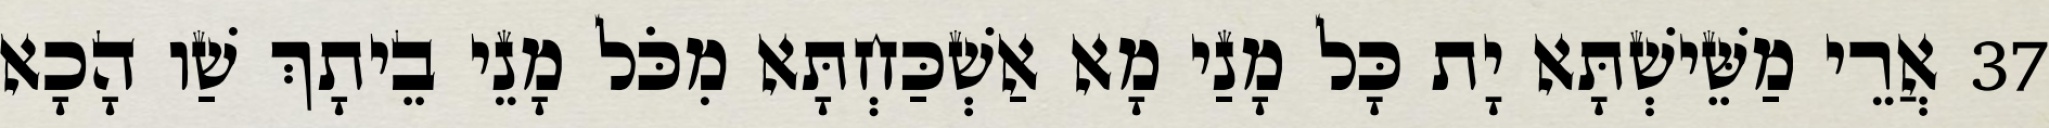
37 אֲרֵי מַשֵּׁישְׁתָּא יָת כָּל מָנַי מָא אַשְׁכַּחְתָּא מִכֹּל מָנֵי בֵיתָךְ שַׁו הָכָא